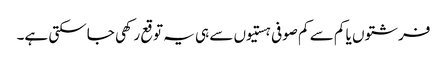
فرشتوں یا کم سے کم صوفی ہستیوں سے ہی یہ توقع رکھی جاسکتی ہے۔